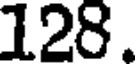
128.